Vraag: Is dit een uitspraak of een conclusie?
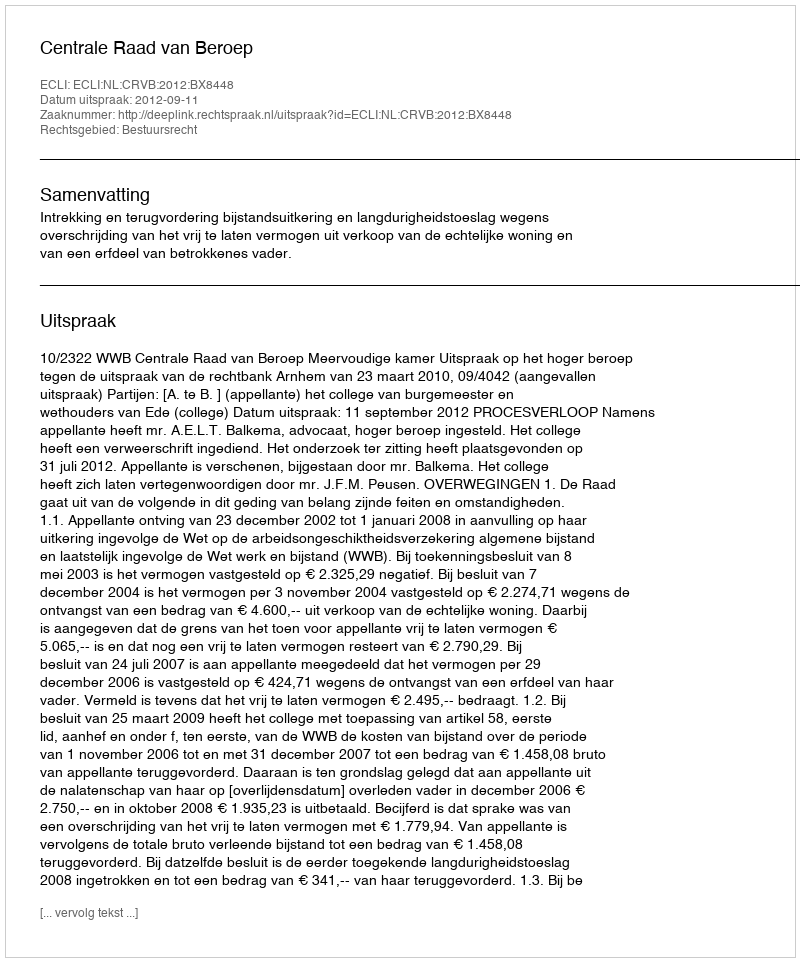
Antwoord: Uitspraak